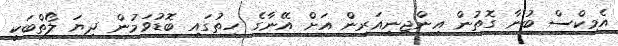
އެމިކްސް ބުނާ ގޮތުން އިންޖިނިއަރިން އަށް އޭނާގެ ހިތުގައި ބޮޑުވަމުން ދިޔަ ލޯތްބަކީ